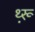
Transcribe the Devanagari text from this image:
थ़्रू